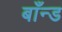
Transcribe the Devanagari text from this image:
बाँन्ड